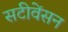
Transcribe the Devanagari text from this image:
सटीवेंसन